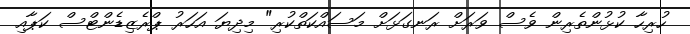
ހުރިހާ ކުޅުންތެރިން ވެސް ވަރަށް ރަނގަޅަށް މަސައްކަތްކުރިި" މިދިޔަ އަހަރު ޕްރެޒިޑެންޓްސް ކަޕާއި